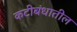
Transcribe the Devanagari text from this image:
कटीबंधातील